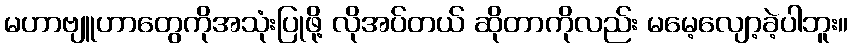
မဟာဗျူဟာတွေကိုအသုံးပြုဖို့ လိုအပ်တယ် ဆိုတာကိုလည်း မမေ့လျော့ခဲ့ပါဘူး။